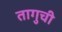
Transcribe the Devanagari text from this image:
तागुची